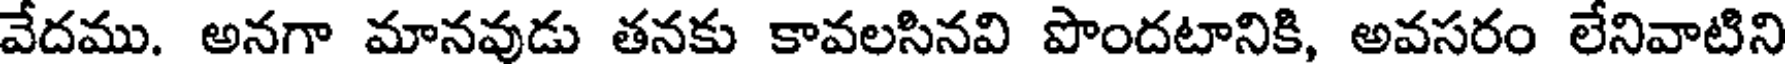
వేదము. అనగా మానవుడు తనకు కావలసినవి పొందటానికి, అవసరం లేనివాటిని